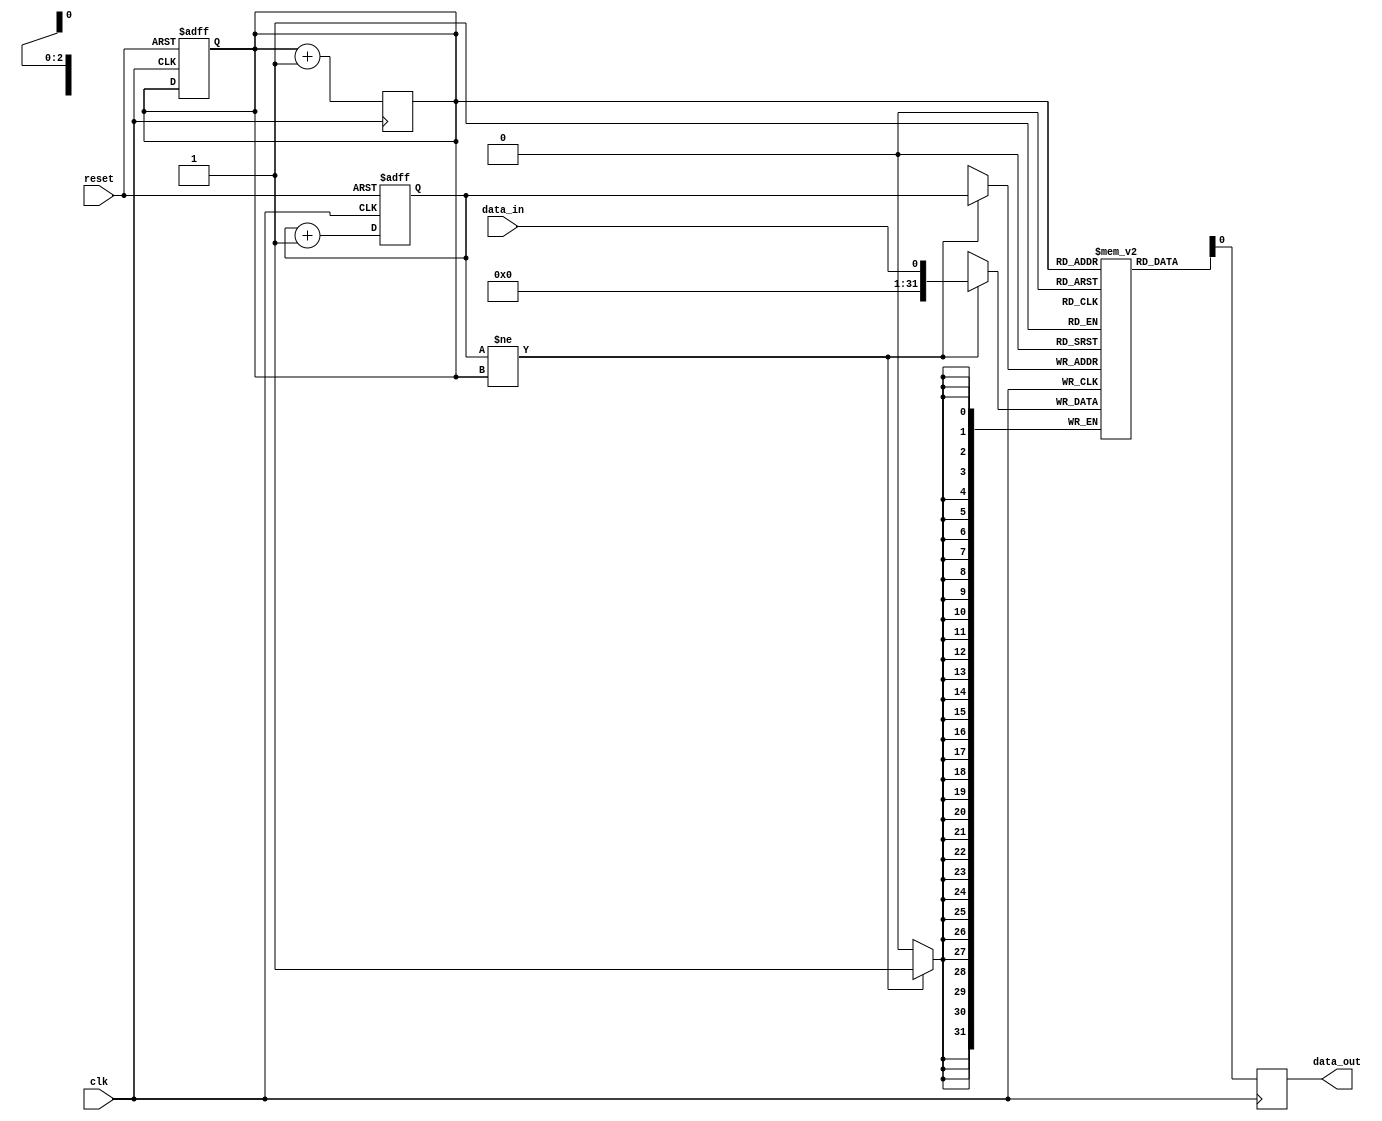
module edge_sensitive_fifo (
    input wire clk,
    input wire reset,
    input wire data_in,
    output reg data_out
);

reg [31:0] fifo_buffer [0:7];
reg [2:0] write_ptr;
reg [2:0] read_ptr;

always @ (posedge clk or posedge reset) begin
    if (reset) begin
        write_ptr <= 3'b000;
        read_ptr <= 3'b000;
    end else begin
        write_ptr <= write_ptr + 1;
    end
end

always @ (posedge clk) begin
    if (write_ptr != read_ptr) begin
        fifo_buffer[write_ptr] <= data_in;
    end
    data_out <= fifo_buffer[read_ptr];
    read_ptr <= read_ptr + 1;
end

endmodule